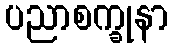
ပညာစက္ခုနာ